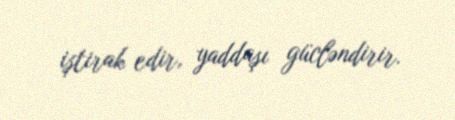
iştirak edir, yaddaşı gücləndirir.